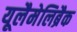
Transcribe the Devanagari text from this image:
यूलैमेलिब्रैक